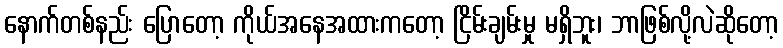
နောက်တစ်နည်း ပြောတော့ ကိုယ်အနေအထားကတော့ ငြိမ်းချမ်းမှု မရှိဘူး၊ ဘာဖြစ်လို့လဲဆိုတော့